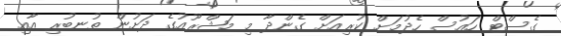
ގެސްޓް ހައުސް ހެދުމަށް ކުރިއަށް ގެންދާ މި މަޝްރޫއުގެ ދަށުން ތުނބުރި އާއި